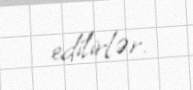
edilirlər.